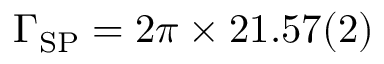
\Gamma _ { \mathrm { S P } } = 2 \pi \times 2 1 . 5 7 ( 2 )